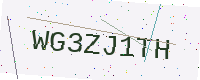
Text: WG3ZJ1TH